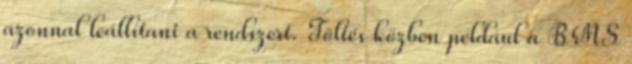
azonnal leállítani a rendszert. Töltés közben például a BMS